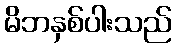
မိဘနှစ်ပါးသည်